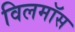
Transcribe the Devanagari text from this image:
विलमॉस